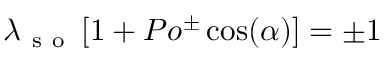
\lambda _ { \mathrm { ~ s ~ o ~ } } \left[ 1 + P o ^ { \pm } \cos ( \alpha ) \right] = \pm 1